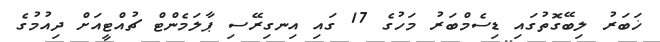
ޚަބަރު ލިބޭގޮތުގައި ޑިސެމްބަރު މަހުގެ 17 ގައި އިނގިރޭސި ޕާލަމެންޓް ޗުއްޓީއަށް ދިއުމުގެ